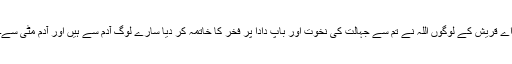
اے قریش کے لوگوں اللہ نے تم سے جہالت کی نخوت اور باپ دادا پر فخر کا خاتمہ کر دیا سارے لوگ آدم سے ہیں اور آدم مٹی سے۔